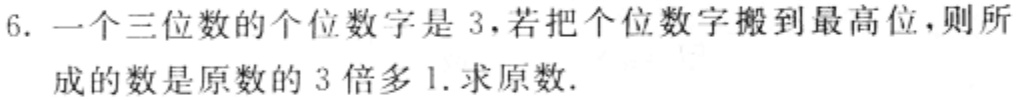
6. 一个三位数的个位数字是 3，若把个位数字搬到最高位，则所成的数是原数的 3 倍多 1. 求原数.